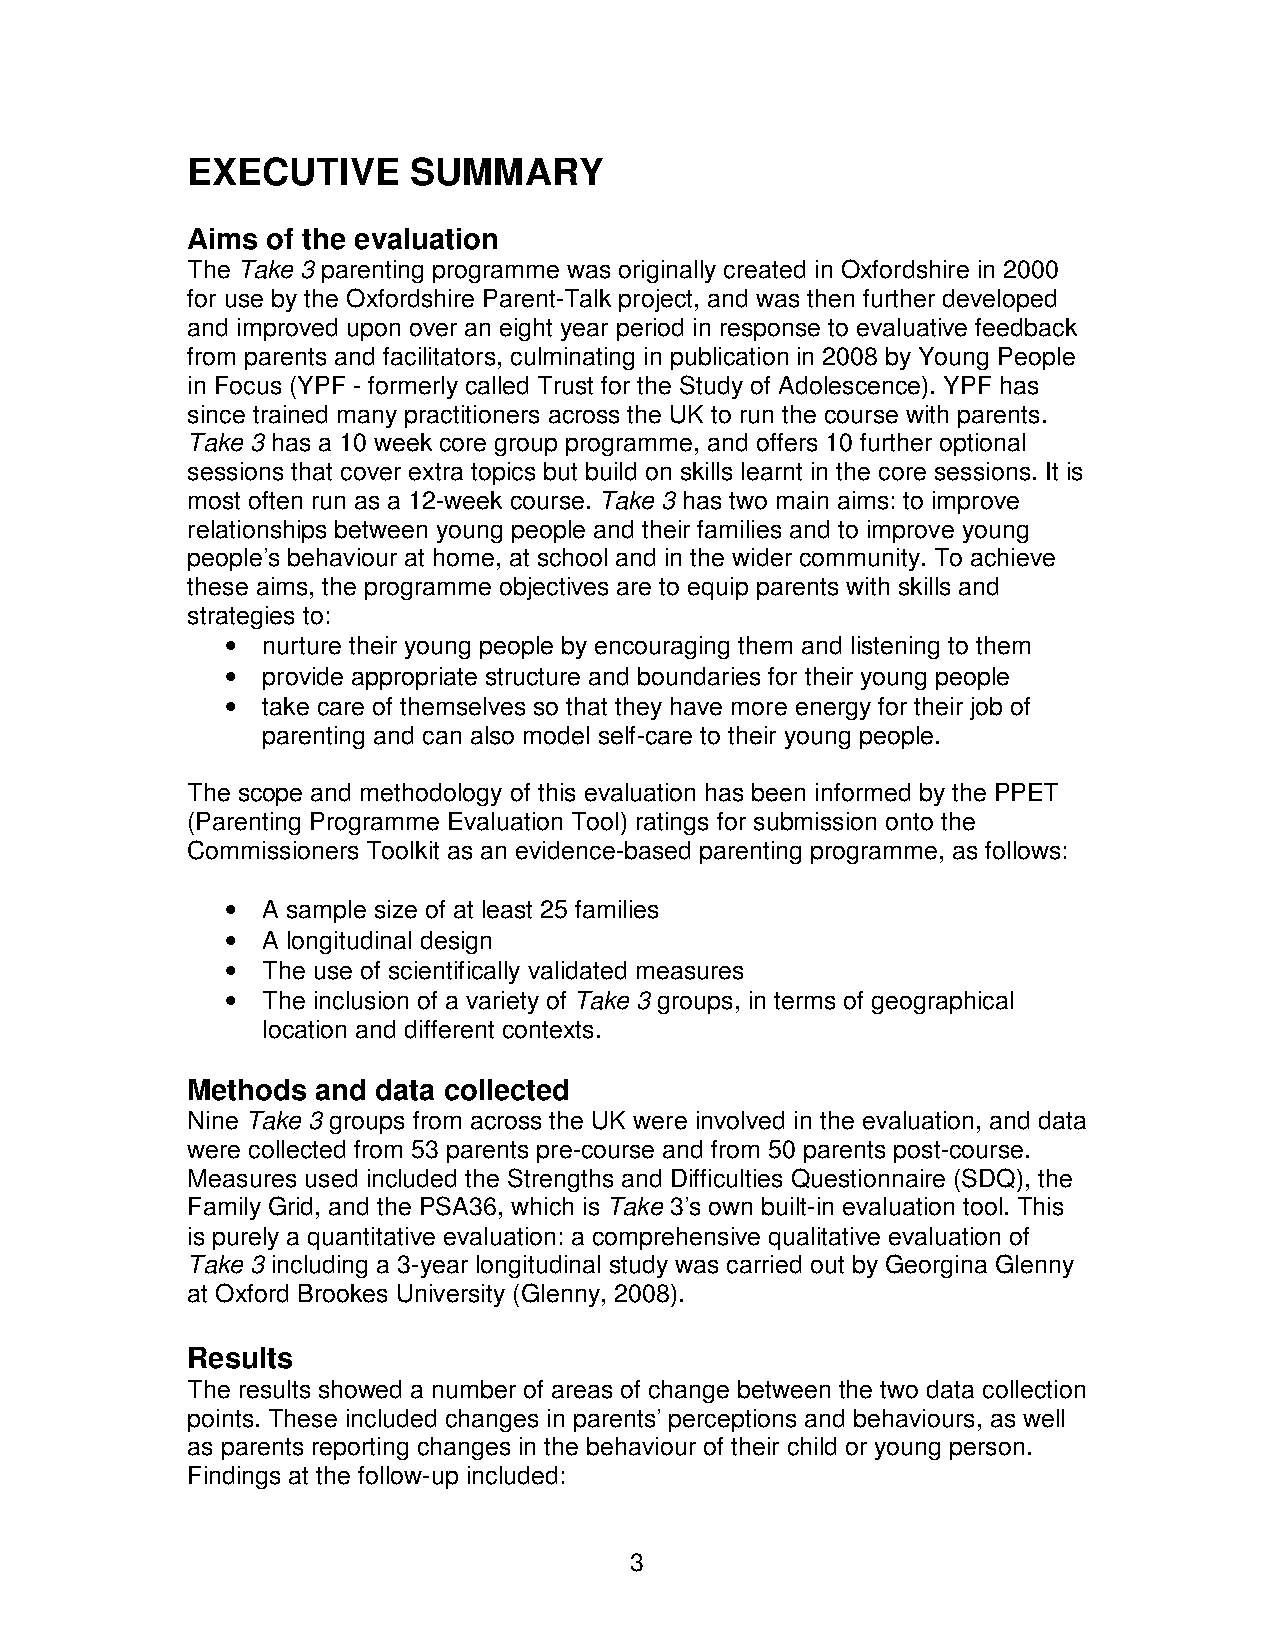
EXECUTIVE      SUMMARY
 Aims  of the evaluation
 The Take 3 parenting programme was originally created in Oxfordshire in 2000
 for use by the Oxfordshire Parent-Talk project, and was then further developed
 and improved upon over an eight year period in response to evaluative feedback
 from parents and facilitators, culminating in publication in 2008 by Young People
 in Focus (YPF - formerly called Trust for the Study of Adolescence). YPF has
 since trained many practitioners across the UK to run the course with parents.
 Take 3 has a 10 week core group programme, and offers 10 further optional
 sessions that cover extra topics but build on skills learnt in the core sessions. It is
 most often run as a 12-week course. Take 3 has two main aims: to improve
 relationships between young people and their families and to improve young
 people’s behaviour at home, at school and in the wider community. To achieve
 these aims, the programme objectives are to equip parents with skills and
 strategies to:
 • nurture their young people by encouraging them and listening to them
 • provide appropriate structure and boundaries for their young people
 • take care of themselves so that they have more energy for their job of
 parenting and can also model self-care to their young people.
 The scope and methodology of this evaluation has been informed by the PPET
 (Parenting Programme Evaluation Tool) ratings for submission onto the
 Commissioners Toolkit as an evidence-based parenting programme, as follows:
 • A sample size of at least 25 families
 • A longitudinal design
 • The use of scientifically validated measures
 • The inclusion of a variety of Take 3 groups, in terms of geographical
 location and different contexts.
 Methods  and data collected
 Nine Take 3 groups from across the UK were involved in the evaluation, and data
 were collected from 53 parents pre-course and from 50 parents post-course.
 Measures used included the Strengths and Difficulties Questionnaire (SDQ), the
 Family Grid, and the PSA36, which is Take 3’s own built-in evaluation tool. This
 is purely a quantitative evaluation: a comprehensive qualitative evaluation of
 Take 3 including a 3-year longitudinal study was carried out by Georgina Glenny
 at Oxford Brookes University (Glenny, 2008).
 Results
 The results showed a number of areas of change between the two data collection
 points. These included changes in parents’ perceptions and behaviours, as well
 as parents reporting changes in the behaviour of their child or young person.
 Findings at the follow-up included:
 3